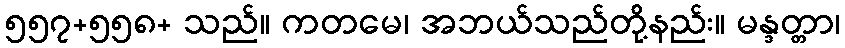
၅၅၇+၅၅၈+ သည်။ ကတမေ၊ အဘယ်သည်တို့နည်း။ မန္ဒတ္တာ၊